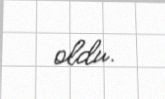
oldu.